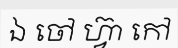
ឯ ចៅ ហ្វ៊ា កៅ